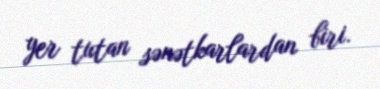
yer tutan sənətkarlardan biri.